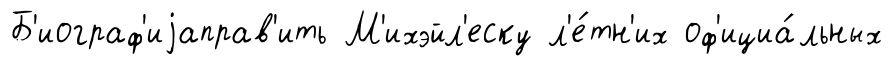
Б'иограф'иjаправ'ить М'ихэйл'еску л'е́тн'их оф'ициа́льных